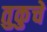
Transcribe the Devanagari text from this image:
तुकुचे